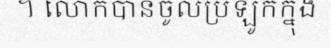
។ លោកបានចូលប្រឡូកក្នុង